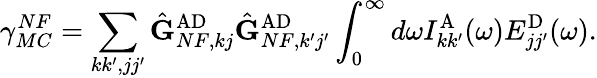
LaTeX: \gamma_{MC}^{NF}=\sum_{kk^{\prime},jj^{\prime}}\hat{\mathbf{G}}_{NF,kj}^{\mathrm{AD}}\hat{\mathbf{G}}_{NF,k^{\prime}j^{\prime}}^{\mathrm{AD}}\int_{0}^{\infty}d\omega I_{kk^{\prime}}^{\mathrm{A}}(\omega)E_{jj^{\prime}}^{\mathrm{D}}(\omega).